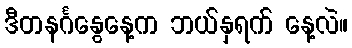
ဒီတနင်္ဂနွေနေ့က ဘယ်နှရက် နေ့လဲ။